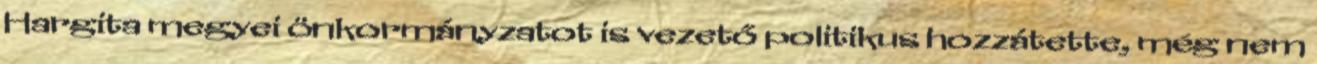
Hargita megyei önkormányzatot is vezető politikus hozzátette, még nem